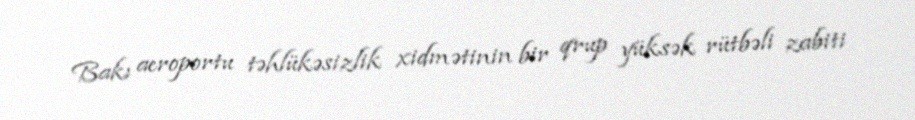
Bakı aeroportu təhlükəsizlik xidmətinin bir qrup yüksək rütbəli zabiti